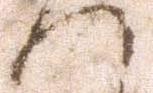
へ